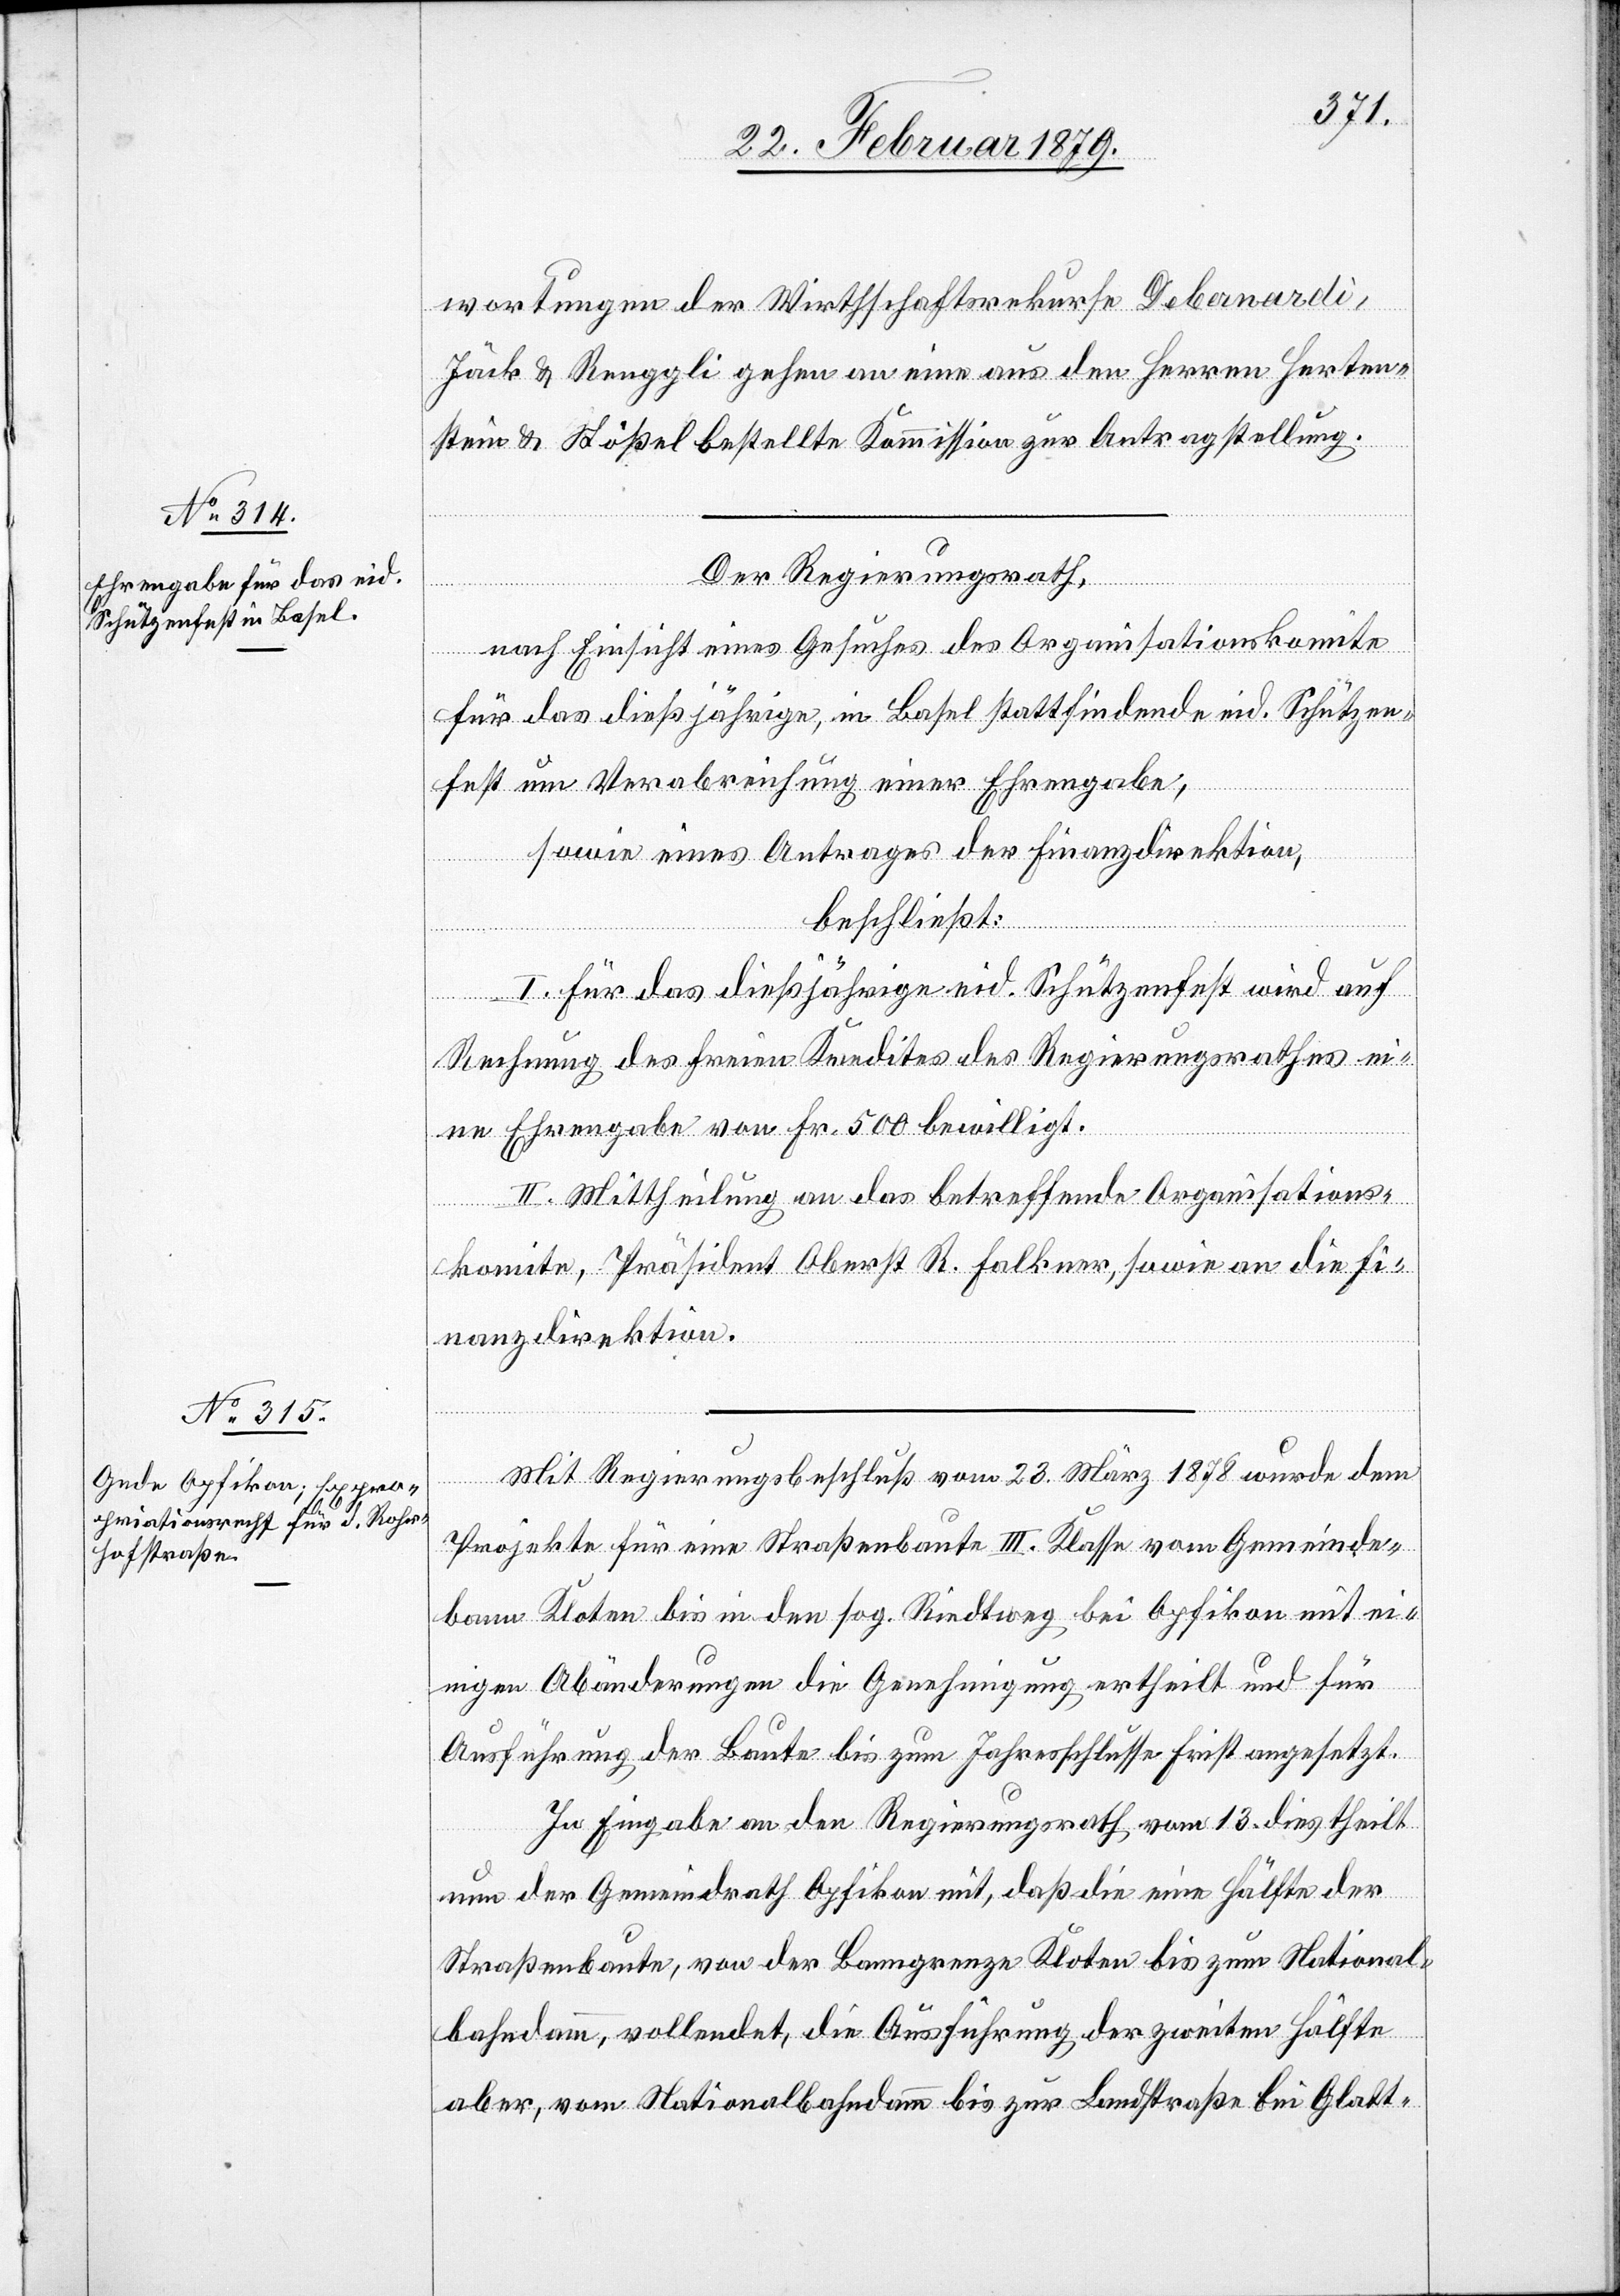
wortungen der Wirthschaftsrekurse Debernardi,
Jäck & Renggli gehen an eine aus den Herren Herten¬
stein & Stößel bestellte Kommission zur Antragstellung.
Der Regierungsrath,
nach Einsicht eines Gesuches des Organisationskomite
für das dießjährige, in Basel stattfindende eid. Schützen¬
fest um Verabreichung einer Ehrengabe,
sowie eines Antrages der Finanzdirektion,
beschließt:
I. Für das dießjährige eid. Schützenfest wird auf
Rechnung des freien Kredites des Regierungsrathes ei¬
ne Ehrengabe von Fr. 500 bewilligt.
II. Mittheilung an das betreffende Organisations¬
komite, Präsident Oberst R. Falkner, sowie an die Fi¬
nanzdirektion.
Mit Regierungsbeschluß vom 23. März 1878 wurde dem
Projekte für eine Straßenbaute III. Klasse vom Gemeinde¬
bann Kloten bis in den sog. Riedtweg bei Opfikon mit ei¬
nigen Abänderungen die Genehmigung ertheilt und für
Ausführung der Baute bis zum Jahresschlusse Frist angesetzt.
In Eingabe an den Regierungsrath vom 13. dies theilt
nun der Gemeindrath Opfikon mit, daß die eine Hälfte der
Straßenbaute, von der Banngrenze Kloten bis zum National¬
bahndamm, vollendet, die Ausführung der zweiten Hälfte
aber, vom Nationalbahndamm bis zur Landstraße bei Glatt-